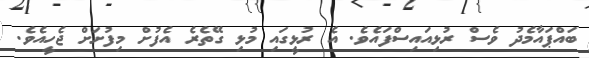
ބައްޕައާމެދު ވެސް ރުޅިއައިސްފައެވެ. އެ ރުޅީގައި މުޅި ގޭތެރެ އެފުށް މިފުށަށް ޖެހީއެވެ.